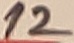
Text: 12